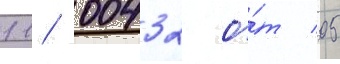
11/ 00432 о́т 05